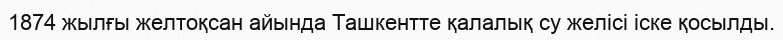
1874 жылғы желтоқсан айында Ташкентте қалалық су желісі іске қосылды.